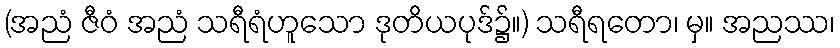
(အညံ ဇီဝံ အညံ သရီရံဟူသော ဒုတိယပုဒ်၌။) သရီရတော၊ မှ။ အညဿ၊